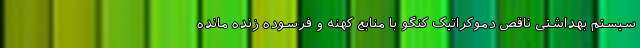
سیستم بهداشتی ناقص دموکراتیک کنگو با منابع کهنه و فرسوده زنده مانده